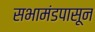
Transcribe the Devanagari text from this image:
सभामंडपासून